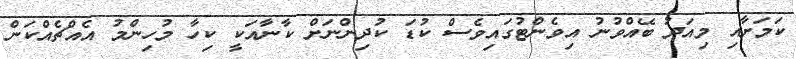
ކަމަށާއި މިއަދު ބޭއްވުނު އިވެންޓުގައިވެސް ކުޑަ ކުދިންނަށް ކާނާއަކީ ކިހާ މުހިންމު އެއްޗެއްކަން